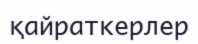
қайраткерлер